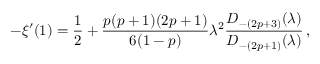
- \xi ^ { \prime } ( 1 ) = { \frac { 1 } { 2 } } + { \frac { p ( p + 1 ) ( 2 p + 1 ) } { 6 ( 1 - p ) } } \lambda ^ { 2 } { \frac { D _ { - ( 2 p + 3 ) } ( \lambda ) } { D _ { - ( 2 p + 1 ) } ( \lambda ) } } \, ,